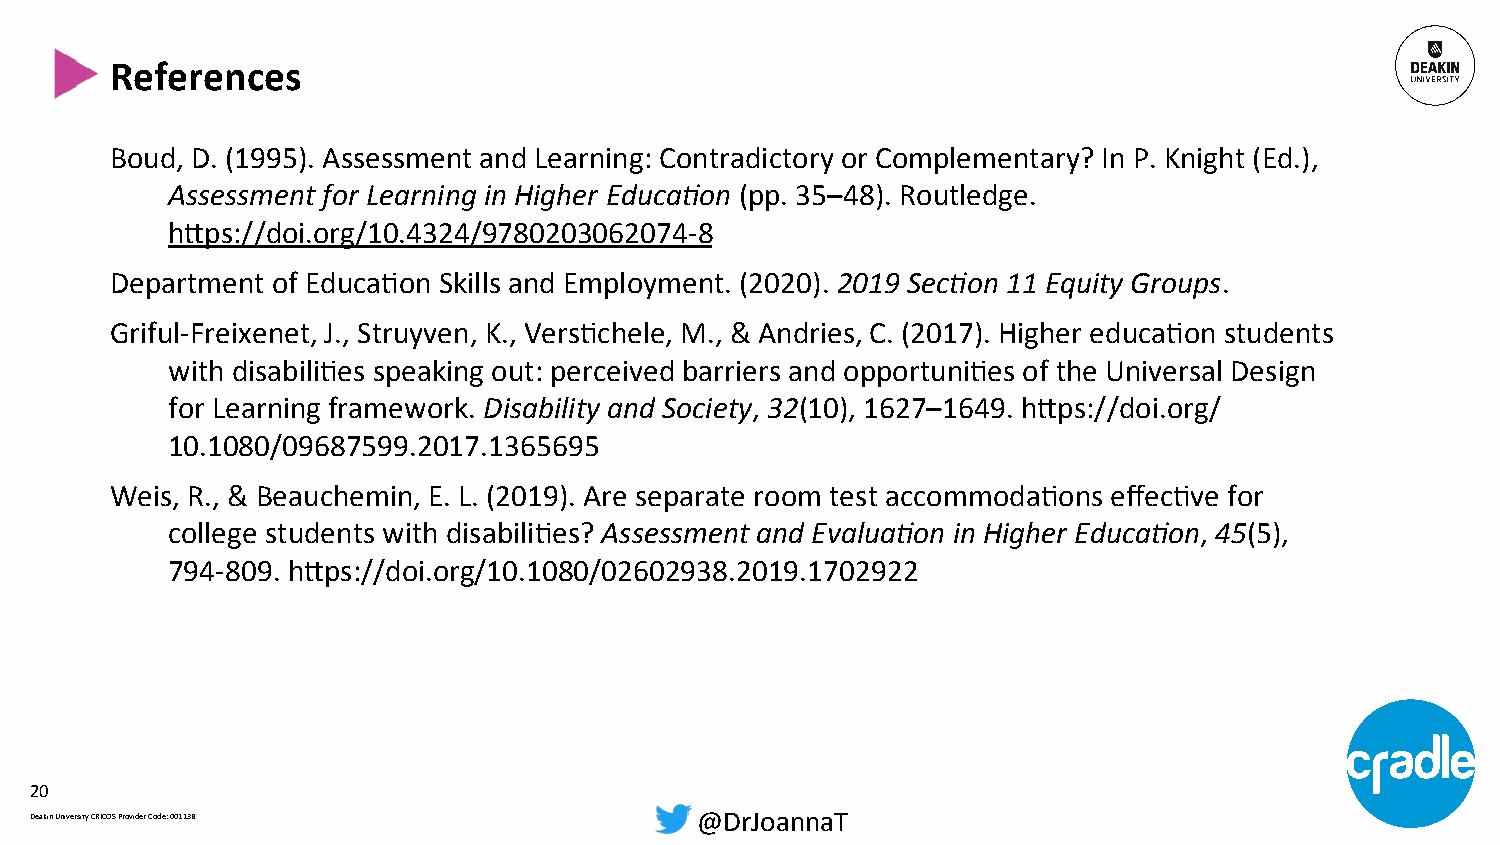
References
 Boud, D. (1995). Assessment and Learning: Contradictory or Complementary? In P. Knight (Ed.),
 Assessment for Learning in Higher Educa3on (pp. 35–48). Routledge.
 hpps://doi.org/10.4324/9780203062074-8
 Department of EducaXon Skills and Employment. (2020). 2019 Sec3on 11 Equity Groups.
 Griful-Freixenet, J., Struyven, K., VersXchele, M., & Andries, C. (2017). Higher educaXon students
 with disabiliXes speaking out: perceived barriers and opportuniXes of the Universal Design
 for Learning framework. Disability and Society, 32(10), 1627–1649. hpps://doi.org/
 10.1080/09687599.2017.1365695
 Weis, R., & Beauchemin, E. L. (2019). Are separate room test accommodaXons effecXve for
 college students with disabiliXes? Assessment and Evalua3on in Higher Educa3on, 45(5),
 794-809. hpps://doi.org/10.1080/02602938.2019.1702922
 20
 Deakin University CRICOS Provider Code: 00113B @DrJoannaT